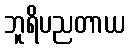
ဘူရိပညတာယ